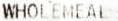
WHOLEMEAL